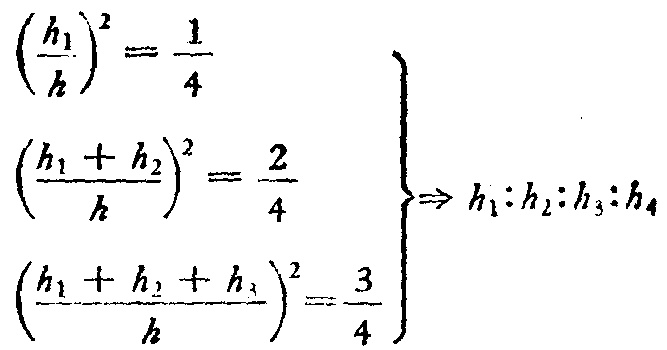
\[
\begin{align*}
\left(\frac{h_1}{h}\right)^2&=\frac{1}{4}\\
\left(\frac{h_1 + h_2}{h}\right)^2&=\frac{2}{4}\\
\left(\frac{h_1 + h_2 + h_3}{h}\right)^2&=\frac{3}{4}
\end{align*}
\Bigg\}\Rightarrow h_1:h_2:h_3:h_4
\]